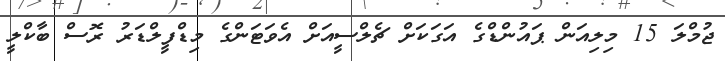
ޖުމްލަ 15 މިލިއަން ޕައުންޑްގެ އަގަކަށް ޗެލްސީއަށް އެވަޓަންގެ މިޑްފީލްޑަރު ރޮސް ބާކްލީ